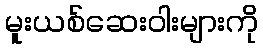
မူးယစ်ဆေးဝါးများကို